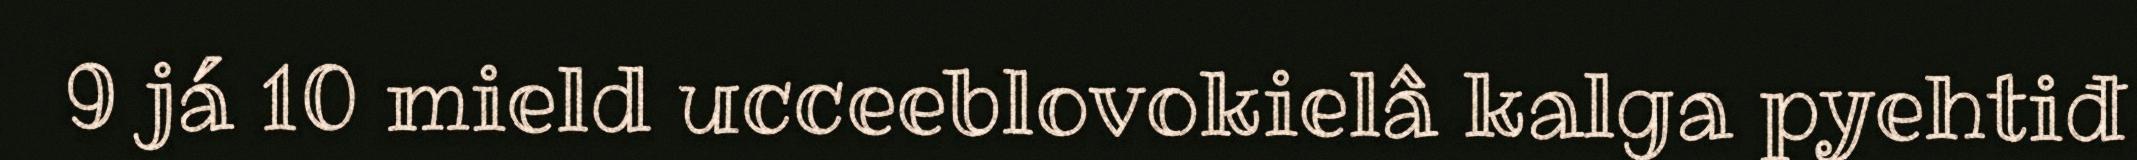
9 já 10 mield ucceeblovokielâ kalga pyehtiđ